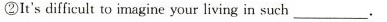
②It's difficult to imagine your living in such ___.